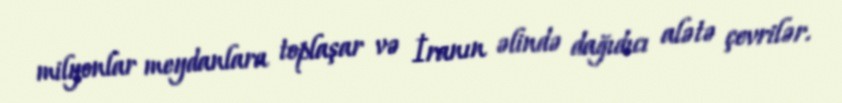
milyonlar meydanlara toplaşar və İranın əlində dağıdıcı alətə çevrilər.